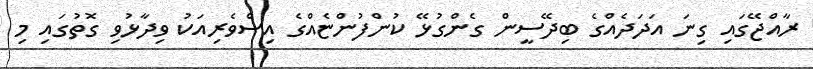
ރާއްޖޭގައި ގިނަ އަދަދެއްގެ ބިދޭސީން ގެންގުޅޭ ކުންފުންޏެއްގެ އިސްވެރިއަކު ވިދާޅުވި ގޮތުގައި މި